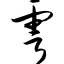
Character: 雩